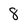
Character: 8